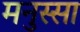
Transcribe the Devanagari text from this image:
मनुस्सा